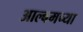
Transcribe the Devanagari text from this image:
आल्बमच्या